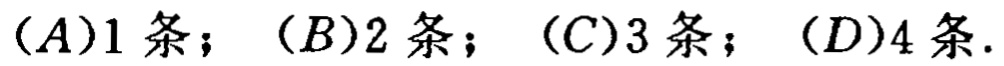
$(A)1\text{ 条}；(B)2\text{ 条}；(C)3\text{ 条}；(D)4\text{ 条}.$